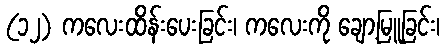
(၁၂) ကလေးထိန်းပေးခြင်း၊ ကလေးကို ချော့မြူခြင်း၊